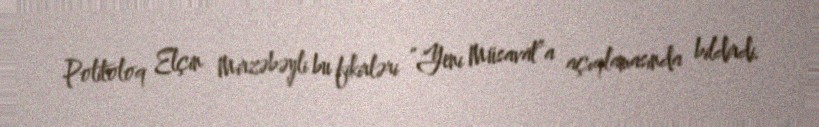
Politoloq Elçin Mirzəbəyli bu fikirləri “Yeni Müsavat”a açıqlamasında bildirdi.